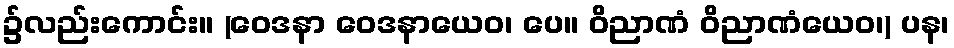
၌လည်းကောင်း။ (ဝေဒနာ ဝေဒနာယေဝ၊ ပေ။ ဝိညာဏံ ဝိညာဏံယေဝ၊) ပန၊